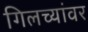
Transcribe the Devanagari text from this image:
गिलच्यांवर